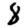
Digit: 8